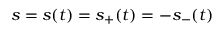
s = s ( t ) = s _ { + } ( t ) = - s _ { - } ( t )